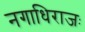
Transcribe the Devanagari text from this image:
नगाधिराजः